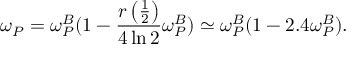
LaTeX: \omega _ { P } = \omega _ { P } ^ { B } ( 1 - \frac { r \left( \frac 1 2 \right) } { 4 \ln 2 } \omega _ { P } ^ { B } ) \simeq \omega _ { P } ^ { B } ( 1 - 2 . 4 \omega _ { P } ^ { B } ) .